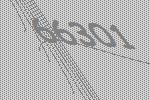
66301